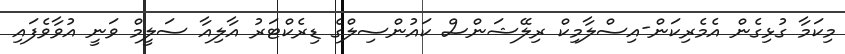
މިކަމާ ގުޅިގެން އެމެރިކަން-އިސްލާމިކް ރިލޭޝަންސް ކައުންސިލްގެ ޑިރެކްޓަރު އާލިއާ ސަލީމް ވަނީ އުވާވެފައި